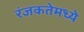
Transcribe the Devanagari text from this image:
रंजकतेमध्ये